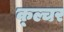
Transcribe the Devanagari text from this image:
क्ल्चर